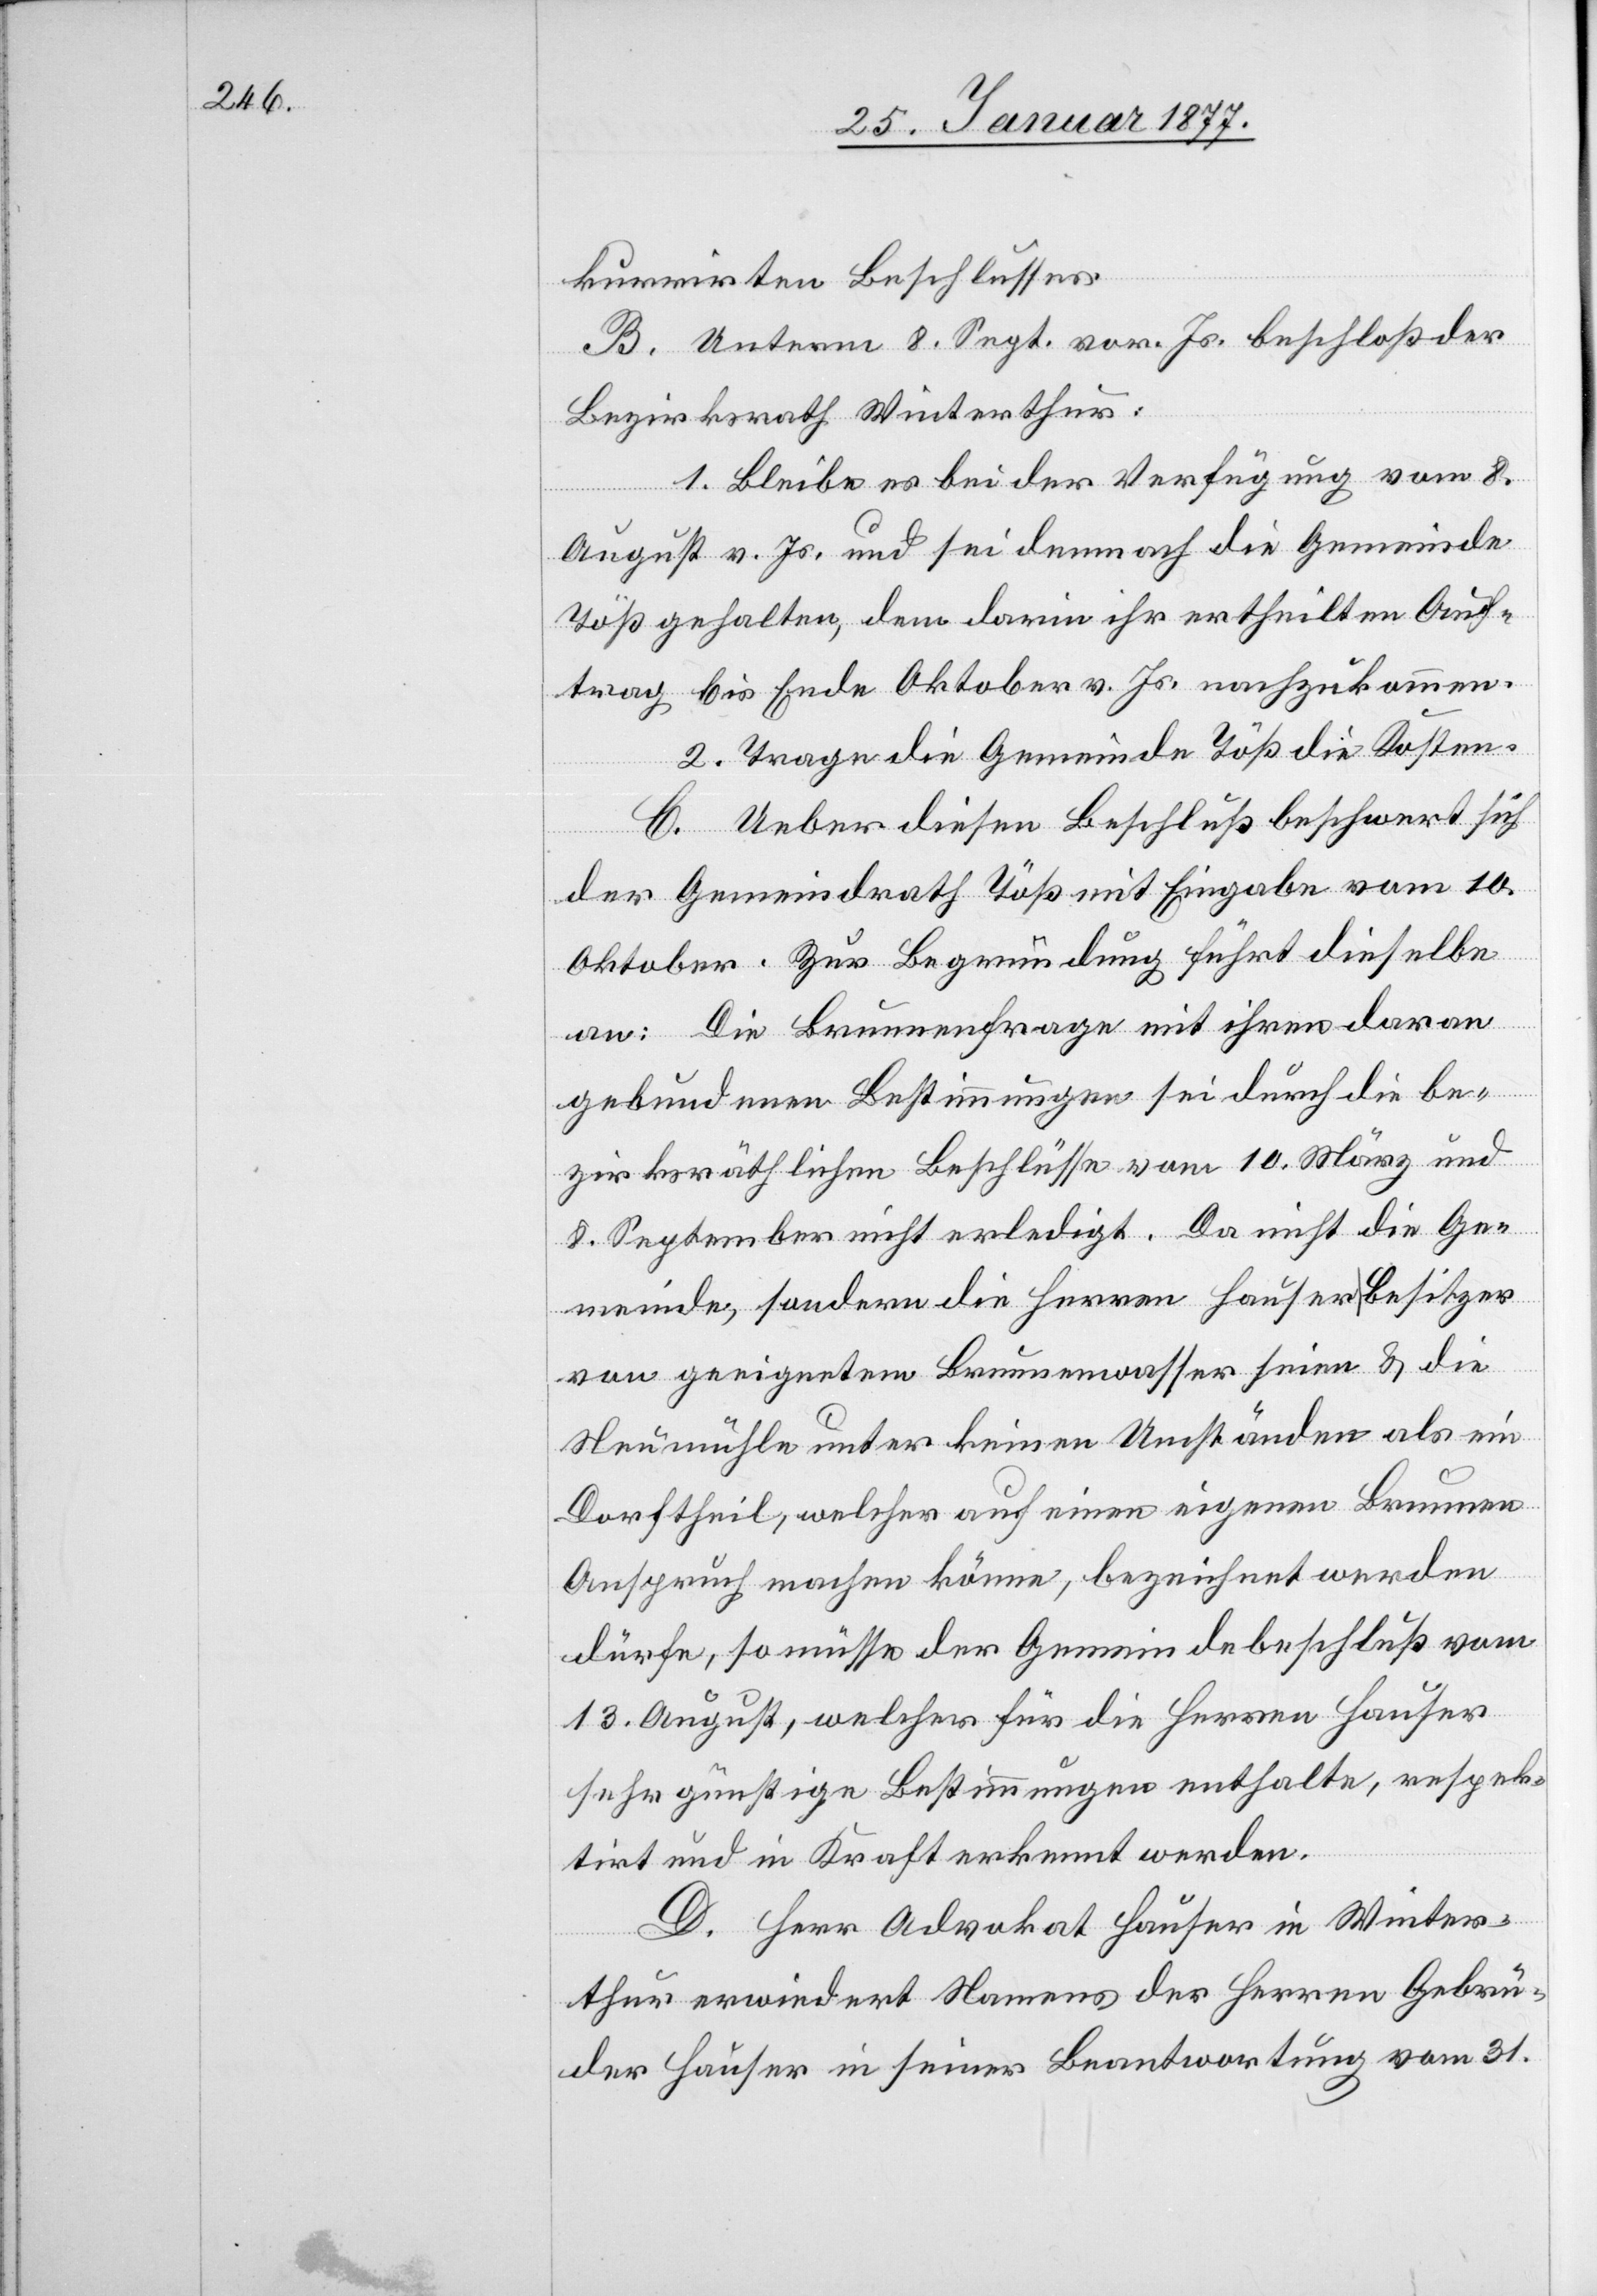
kurrirten Beschlusses.
B. Unterm 8. Sept. vor. Js. beschloß der
Bezirksrath Winterthur:
1. Bleibe es bei der Verfügung vom 8.
August v. Js. und sei demnach die Gemeinde
Töß angehalten, dem darin ihr ertheilten Auf¬
trag bis Ende Oktober v. Js. nachzukommen.
2. Trage die Gemeinde Töß die Kosten.
C. Ueber diesen Beschluß beschwert sich
der Gemeindrath Töß mit Eingabe vom 10.
Oktober. Zur Begründung führt dieselbe
an: Die Brunnenfrage mit ihren daran
gebundenen Bestimmungen sei durch die be¬
zirksräthlichen Beschlüsse vom 10. März und
8. September nicht erledigt. Da nicht die Ge¬
meinde, sondern die Herren Hauser, Besitzer
von geeignetem Brunnenwasser seien & die
Neumühle unter keinen Umständen als ein
Dorftheil, welcher auf einen eigenen Brunnen
Anspruch machen könne, bezeichnet werden
dürfe, so müsse der Gemeindebeschluß vom
13. August, welcher für die Herren Hauser
sehr günstige Bestimmungen enthalte respek¬
tirt und in Kraft erkennt werden.
D. Herr Advokat Hauser in Winter¬
thur erwiedert Namens der Herren Gebrü¬
der Hauser in seiner Beantwortung vom 31.